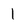
Character: 1